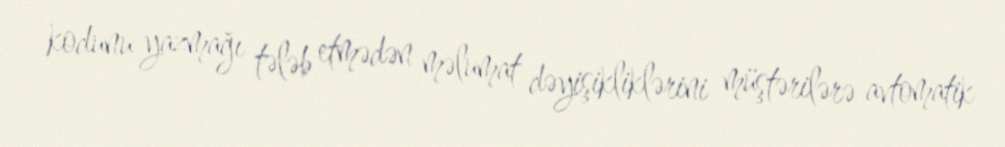
kodunu yazmağı tələb etmədən məlumat dəyişikliklərini müştərilərə avtomatik